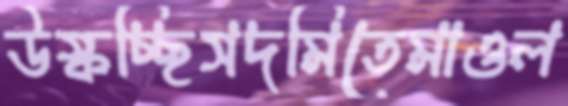
উস্‌কচ্ছিসদমিতেমাওল